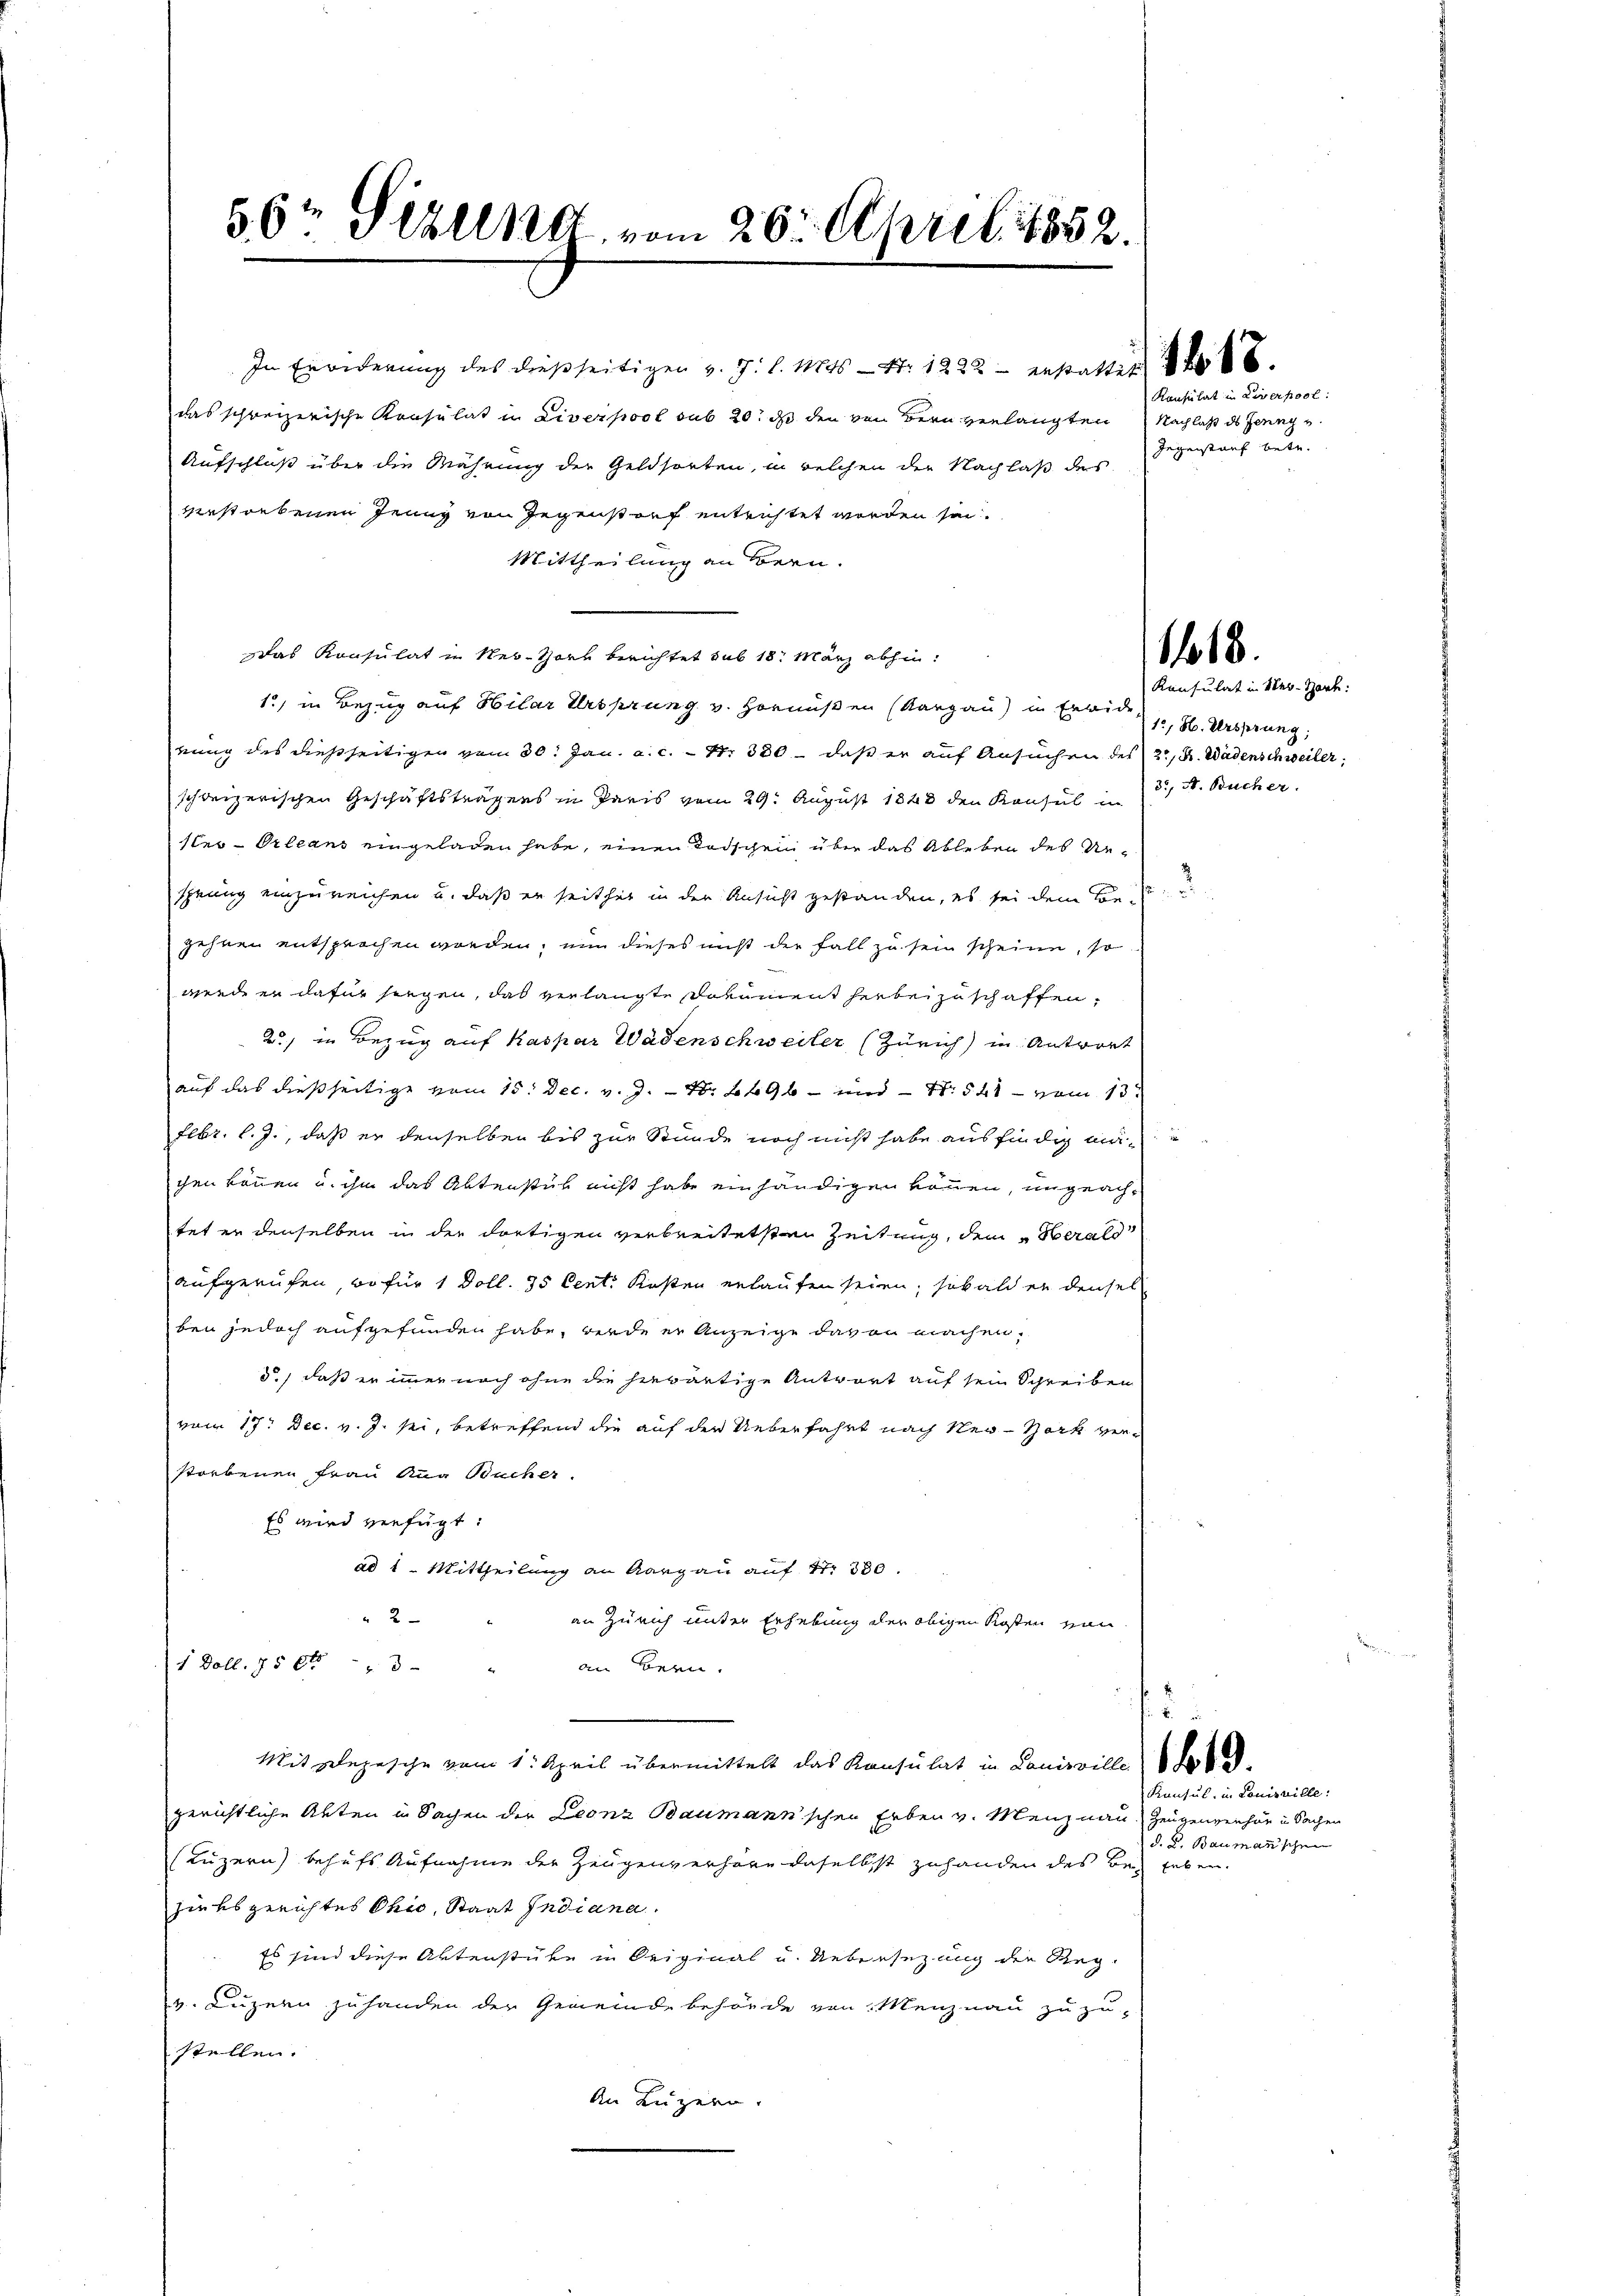
56t Sizung vom 26. April 1852.

In Erwiderung des dießseitigen v. J. l. Mts. — Nr. 1222 - erstatter 186
das schreizerische Konsulat in Liverpool sub 20. ds den von Bern verlangten Nachlaß ds Jennys
Aufschluß über die Währung der Geldsorten, in welchen der Nachlaß des
verstorbenen Jenny von Gegenstorf entrichtet worden sei.
Mittheilung an Bern.
Das Konsulat in New-York berichtet sub 18. März abhin
1) in Bezug auf Hilar Ursprung v. Hornußen (Aargau) in Erwide
rung des dießseitigen vom 30. Jan. a. c. S. 380 - daß er auf Ansuchen des 2, u. Wädenschweiler,
schweizerischen Geschäftsträgens in Paris vom 29. August 1848 den Konsul in 3 St. Bücher
ster-Orleans eingeladen habe, einen Todschein über das Ableben des Resprung einzureichen u. daß er seither in der Ansicht gestanden, es sei dem Beis
zehnen entsprochen werden, nun dieses nicht der Fall zu sein scheine, so
werde er dafür siegen, das verlangte Dokument hiebei zuschaffen,
2) in Bezug auf Kaspar Wädenschweiler (Zürich in Antwort
auf das dießseitige vom 15. Dec. v. J. Nr. 496 und Nr. 548 - vom 13.
Febr. l. J., daß er denselben bis zur Stunde noch nicht habe ausfindig man
chen können u. ihm das Aktenstück nicht habe einhändigen können, ungeachtet er denselben in der dortigen verbreitetsten Zeitung, dem Oberald
aufgerufen, wofür 1 Doll. 35 Cent. Kosten erlaufen seien, sobald er densel
ben jedoch aufgefunden habe, werde er Anzeige davon machen.
d.) daß er immer noch ohne die herwärtige Antwort auf sein Schreiben
vom 17. Dec. v. J. sei, betreffend die auf der Ueberfahrt nach New-York verstorbenen Frau Aug Bucher.
Es wird verfügt:
ad 1. Mittheilung an Aargau auf Nr. 330.
" 2
an Zürich unter Erhebung der obigen Kosten von
1 Doll. 750 " " " an Bern.
Mit zuezusche vom 1. April übermittelt das Konsulat in Louisville de
gerichtliche Akten in Sachen der Leonz Baumann'schen Erben v. Menznau, Zeugenverhör u Sachen
(Luzern behufs Aufnahme der Zeugenverhöre daselbst zuhanden des Bez leben.
hieksgerichtes Ohio, Staat Indiana
Es sind diese Aktenstüke in Original u. Uebersezung die Reg-
v. Luzern zuhanden der Gemeindebehörde von Menznau zuzu-
stellen.
An Luzern.

Konsulat in Liverpool:
Gegenstauf betr.

Konsulat in Mer-Hart:
1, H. Ursprung,

1418.

Konsul in Louisville:
d. d. Baumanischen